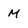
Character: M